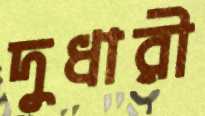
দুধারী